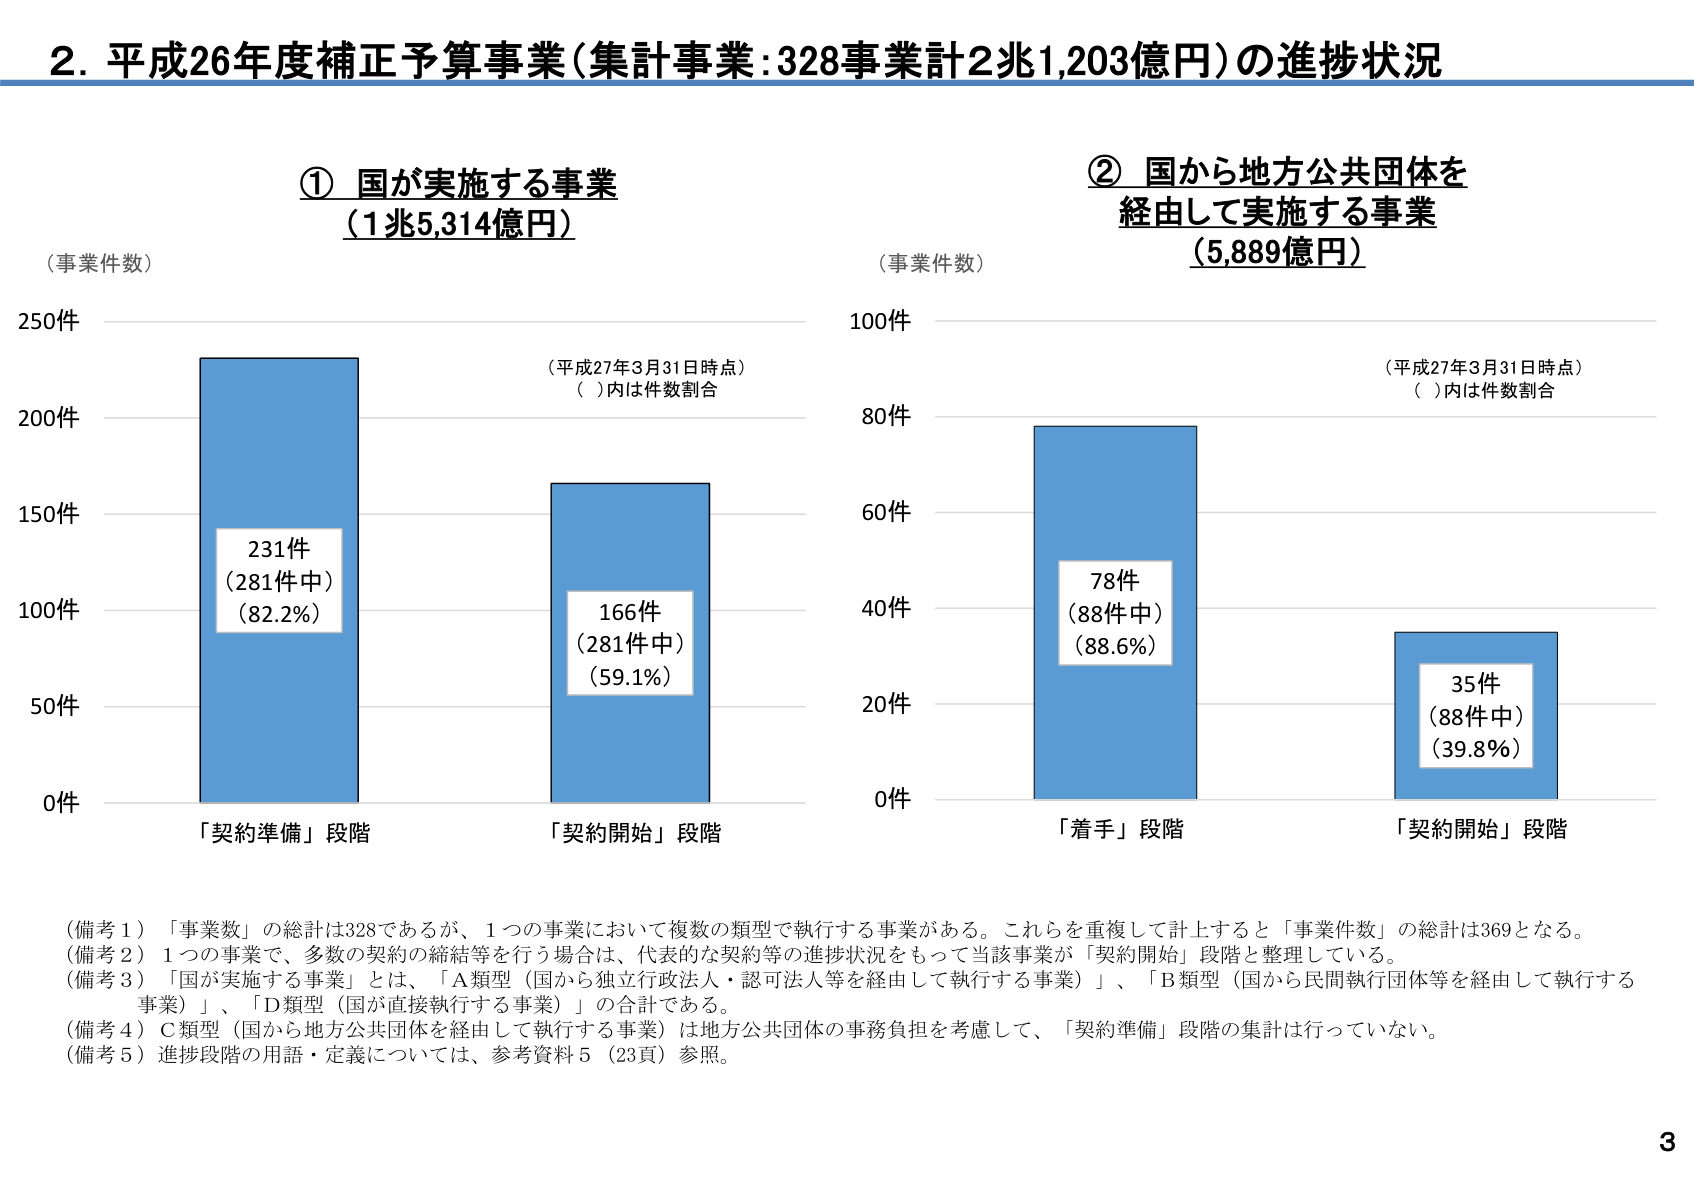
2. 平成26年度補正予算事業（集計事業：328事業計2兆1,203億円）の進捗状況

① 国が実施する事業
（1兆5,314億円）

（事業件数）

250件
200件
150件
100件
50件
0件

「契約準備」段階
231件
（281件中）
（82.2%）

「契約開始」段階
166件
（281件中）
（59.1%）

（平成27年3月31日時点）
（ ）内は件数割合

② 国から地方公共団体を
経由して実施する事業
（5,889億円）

（事業件数）

100件
80件
60件
40件
20件
0件

「着手」段階
78件
（88件中）
（88.6%）

「契約開始」段階
35件
（88件中）
（39.8%）

（平成27年3月31日時点）
（ ）内は件数割合

（備考1）「事業数」の総計は328であるが、1つの事業において複数の類型で執行する事業がある。これらを重複して計上すると「事業件数」の総計は369となる。
（備考2）1つの事業で、多数の契約の締結等を行う場合は、代表的な契約等の進捗状況をもって当該事業が「契約開始」段階と整理している。
（備考3）「国が実施する事業」とは、「A類型（国から独立行政法人・認可法人等を経由して執行する事業）」、「B類型（国から民間執行団体等を経由して執行する事業）」、「D類型（国が直接執行する事業）」の合計である。
（備考4）C類型（国から地方公共団体を経由して執行する事業）は地方公共団体の事務負担を考慮して、「契約準備」段階の集計は行っていない。
（備考5）進捗段階の用語・定義については、参考資料5（23頁）参照。

3